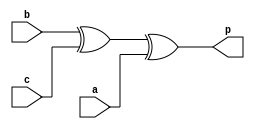
// Code your design here
module Parityodd(
  input a,b,c,
   output p
);
  
  wire x;
  
  xor (x,b,c);
  xor (p,x,a);
  
endmodule